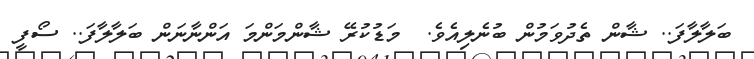
ބަލާލާފަ.. ޝާން ތެދުވަމުން ބުނެލިއެވެ.  މަޑުކުރޭ ޝާންމަންމަ އަންނާނަން ބަލާލާފަ.. ސޯފީ